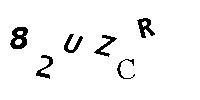
82UZCR